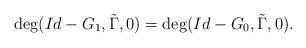
LaTeX: \begin{align*} \deg(Id-G_1, \tilde \Gamma, 0)=\deg(Id-G_0, \tilde \Gamma, 0).\end{align*}